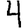
Digit: 4